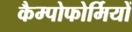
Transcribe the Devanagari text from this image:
कैम्पोफोर्मियों